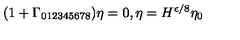
( 1 + \Gamma _ { 0 1 2 3 4 5 6 7 8 } ) \eta = 0 , \eta = H ^ { \epsilon / 8 } \eta _ { 0 }